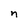
Character: n